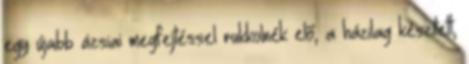
egy újabb ázsiai megfejtéssel rukkolnék elő, a házilag készített,